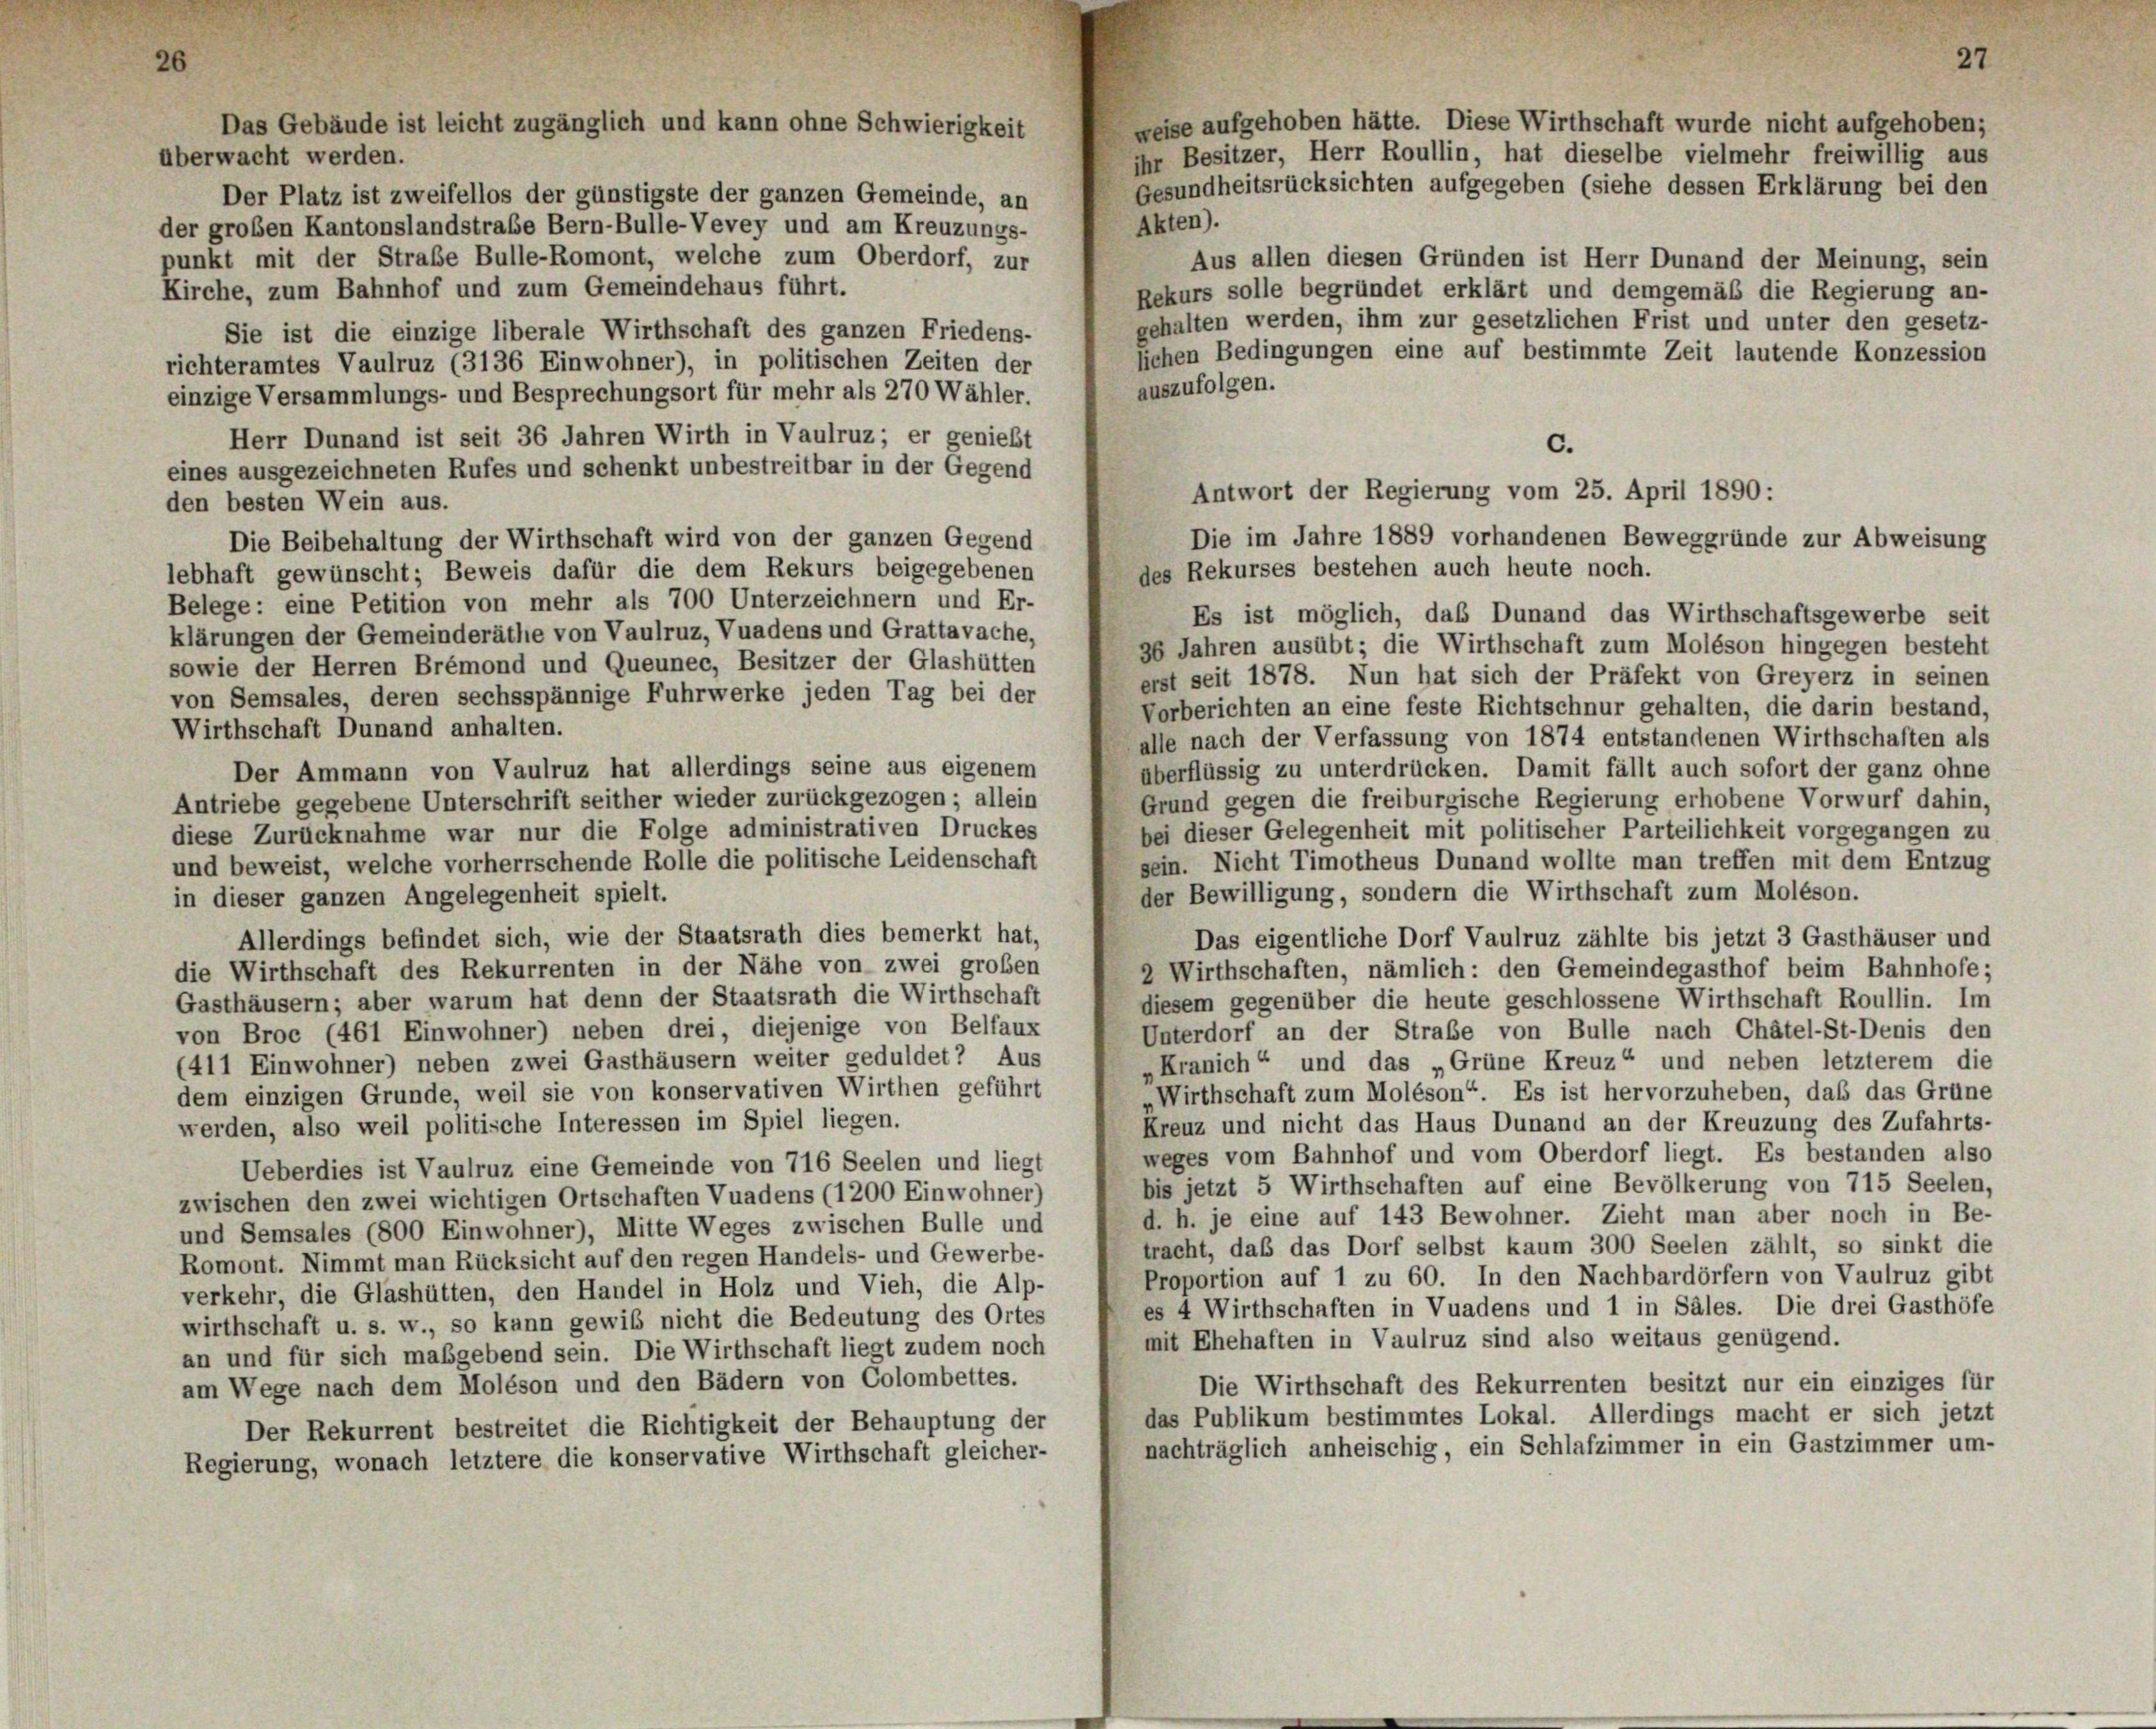
überwacht werden.
Der Platz ist zweifellos der günstigste der ganzen Gemeinde, an
Akten).
der großen Kantonslandstraße Bern-Bulle-Vevey und am Kreuzungs-
punkt mit der Straße Bulle-Romont, welche zum Oberdorf, zur
Aus allen diesen Gründen ist Herr Dunand der Meinung, sein
Kirche, zum Bahnhof und zum Gemeindehaus führt.
Rekurs solle begründet erklärt und demgemäß die Regierung an-
gehalten werden, ihm zur gesetzlichen Frist und unter den gesetz-
Sie ist die einzige liberale Wirthschaft des ganzen Friedens-
lichen Bedingungen eine auf bestimmte Zeit lautende Konzession
richteramtes Vaulruz (3136 Einwohner), in politischen Zeiten der
auszufolgen.
einzige Versammlungs- und Besprechungsort für mehr als 270 Wähler.
Herr Dunand ist seit 36 Jahren Wirth in Vaulruz; er genießt
c.
eines ausgezeichneten Rufes und schenkt unbestreitbar in der Gegend
den besten Wein aus.
Die im Jahre 1889 vorhandenen Beweggründe zur Abweisung
Die Beibehaltung der Wirthschaft wird von der ganzen Gegend
des Rekurses bestehen auch heute noch.
lebhaft gewünscht; Beweis dafür die dem Rekurs beigegebenen
Belege: eine Petition von mehr als 700 Unterzeichnern und Er-
Es ist möglich, das Dunand das Wirthschaftsgewerbe seit
klärungen der Gemeinderäthe von Vaulruz, Vuadens und Grattavache,
36 Jahren ausübt; die Wirthschaft zum Moléson hingegen besteht
sowie der Herren Brémond und Queunec, Besitzer der Glashütten
erst seit 1878. Nun hat sich der Präfekt von Greyerz in seinen
von Semsales, deren sechsspännige Fuhrwerke jeden Tag bei der
Vorberichten an eine feste Richtschnur gehalten, die darin bestand,
Wirthschaft Dunand anhalten.
alle nach der Verfassung von 1874 entstandenen Wirthschaften als
Der Ammann von Vaulruz hat allerdings seine aus eigenem
überflüssig zu unterdrücken. Damit fällt auch sofort der ganz ohne
Antriebe gegebene Unterschrift seither wieder zurückgezogen; allein
Grund gegen die freiburgische Regierung erhobene Vorwurf dahin,
bei dieser Gelegenheit mit politischer Parteilichkeit vorgegangen zu
diese Zurücknahme war nur die Folge administrativen Druckes
sein. Nicht Timotheus Dunand wollte man treffen mit dem Entzug
und beweist, welche vorherrschende Rolle die politische Leidenschaft
der Bewilligung, sondern die Wirthschaft zum Moléson.
in dieser ganzen Angelegenheit spielt.
Allerdings befindet sich, wie der Staatsrath dies bemerkt hat,
Das eigentliche Dorf Vaulruz zählte bis jetzt 3 Gasthäuser und
die Wirthschaft des Rekurrenten in der Nähe von zwei großen
2 Wirthschaften, nämlich: den Gemeindegasthof beim Bahnhofe;
Gasthäusern; aber warum hat denn der Staatsrath die Wirthschaft
diesem gegenüber die heute geschlossene Wirthschaft Roullin. Im
Unterdorf an der Straße von Bulle nach Chätel-St-Denis den
von Broc (461 Einwohner) neben drei, diejenige von Belfaux
(411 Einwohner) neben zwei Gasthäusern weiter geduldet? Aus
Kranich“ und das „Grüne Kreuz“ und neben letzterem die
Wirthschaft zum Moléson“. Es ist hervorzuheben, daß das Grune
dem einzigen Grunde, weil sie von konservativen Wirthen geführt
Kreuz und nicht das Haus Dunand an der Kreuzung des Zufahrts-
werden, also weil politische Interessen im Spiel liegen.
weges vom Bahnhof und vom Oberdorf liegt. Es bestanden also
Ueberdies ist Vaulruz eine Gemeinde von 716 Seelen und liegt
bis jetzt 5 Wirthschaften auf eine Bevölkerung von 715 Seelen,
zwischen den zwei wichtigen Ortschaften Vuadens (1200 Einwohner)
d. h. je eine auf 143 Bewohner. Zieht man aber noch in Be-
und Semsales (800 Einwohner), Mitte Weges zwischen Bulle und
tracht, daß das Dorf selbst kaum 300 Seelen zählt, so sinkt die
Romont. Nimmt man Rücksicht auf den regen Handels- und Gewerbe-
Proportion auf 1 zu 60. In den Nachbardörfern von Vaulruz gibt
verkehr, die Glashütten, den Handel in Holz und Vieh, die Alp-
es 4 Wirthschaften in Vuadens und 1 in Säles. Die drei Gasthöfe
wirthschaft u. s. w., so kann gewiß nicht die Bedeutung des Ortes
mit Ehehaften in Vaulruz sind also weitaus genügend.
an und für sich maßgebend sein. Die Wirthschaft liegt zudem noch
am Wege nach dem Moléson und den Bädern von Colombettes.
Die Wirthschaft des Rekurrenten besitzt nur ein einziges für
das Publikum bestimmtes Lokal. Allerdings macht er sich jetzt
Der Rekurrent bestreitet die Richtigkeit der Behauptung der
nachträglich anheischig, ein Schlafzimmer in ein Gastzimmer um-
Regierung, wonach letztere die konservative Wirthschaft gleicher-

Das Gebäude ist leicht zugänglich und kann ohne Schwierigkeit

weise aufgehoben hätte. Diese Wirthschaft wurde nicht aufgehoben;
ihr Besitzer, Herr Roullin, hat dieselbe vielmehr freiwillig aus
Gesundheitsrücksichten aufgegeben (siehe dessen Erklärung bei den

Antwort der Regierung vom 25. April 1890: